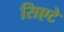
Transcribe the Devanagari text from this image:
सिएटे